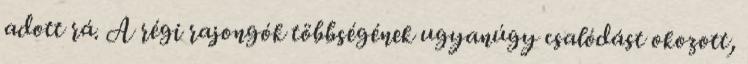
adott rá. A régi rajongók többségének ugyanúgy csalódást okozott,